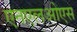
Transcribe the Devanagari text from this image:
एनएलओएस